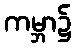
ကမ္ဘာ၌